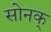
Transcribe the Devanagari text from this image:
सोनक्